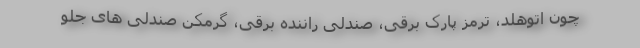
چون اتوهلد، ترمز پارک برقی، صندلی راننده برقی، گرمکن صندلی های جلو